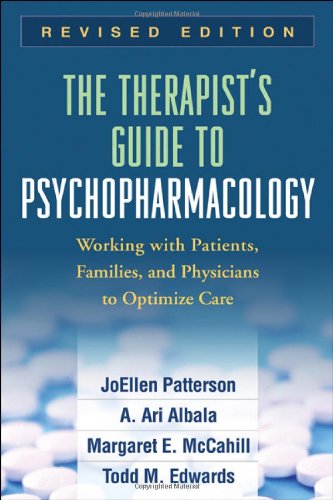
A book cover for The Therapist's Guide to Psychopharmacology, Revised Edition: Working with Patients, Families, and Physicians to Optimize Care; JoEllen Patterson Phd; Medical Books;